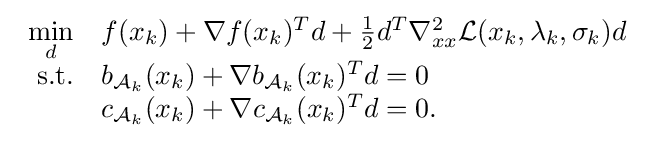
{\begin{array}{rl}\min \limits _{d}&f(x_{k})+\nabla f(x_{k})^{T}d+{\tfrac {1}{2}}d^{T}\nabla _{xx}^{2}{\mathcal {L}}(x_{k},\lambda _{k},\sigma _{k})d\\\mathrm {s.t.} &b_{{\cal {A}}_{k}}(x_{k})+\nabla b_{{\cal {A}}_{k}}(x_{k})^{T}d=0\\&c_{{\cal {A}}_{k}}(x_{k})+\nabla c_{{\cal {A}}_{k}}(x_{k})^{T}d=0.\end{array}}